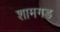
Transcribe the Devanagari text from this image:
शामगड